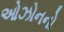
ઓઝોનનો